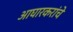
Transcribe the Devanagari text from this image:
आघारकरांचे